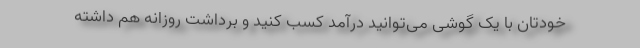
خودتان با یک گوشی می‌توانید درآمد کسب کنید و برداشت روزانه هم داشته